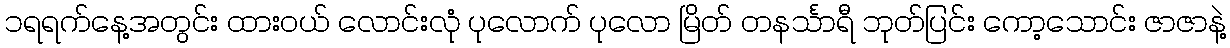
၁ရရက်နေ့အတွင်း ထားဝယ် လောင်းလုံ ပုလောက် ပုလော မြိတ် တနင်္သာရီ ဘုတ်ပြင်း ကော့သောင်း ဇာဇာနဲ့